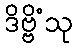
ဒိဗ္ဗိံသု